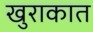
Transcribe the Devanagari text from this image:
खुराकात